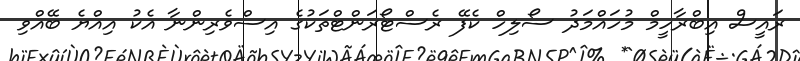
ރައީސް އިބްރާހީމް މުހައްމަދު ސޯލިހް ކެފޭ ރެސްޓޯރަންޓްތަކުގެ އިސްވެރިންނާ އެކު އިއްޔެ ބޭއްވި